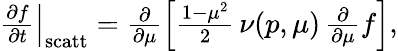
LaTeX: \begin{array}{r}{\left.\frac{\partial f}{\partial t}\right\vert_{\mathrm{scatt}}=\frac{\partial}{\partial\mu}\left[\frac{1-\mu^{2}}{2}\, \nu(p,\mu)\, \frac{\partial}{\partial\mu}f\right],}\end{array}